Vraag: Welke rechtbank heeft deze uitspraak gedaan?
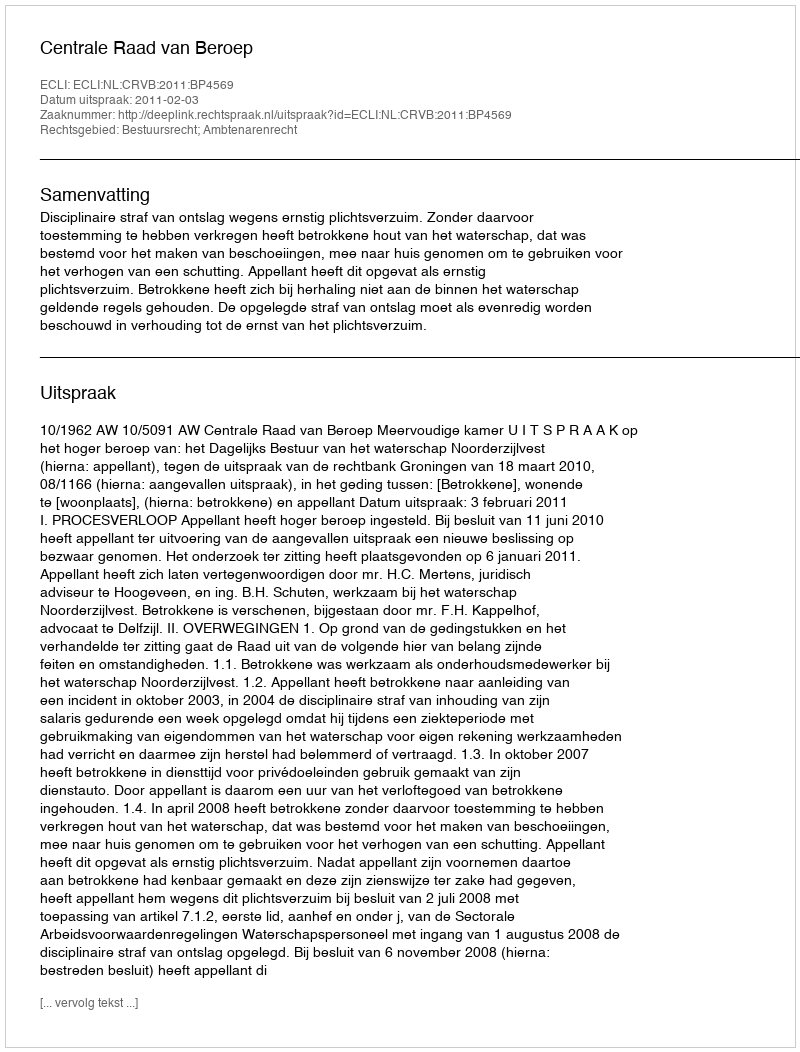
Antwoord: Centrale Raad van Beroep